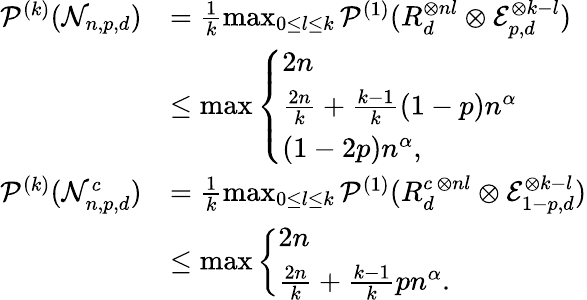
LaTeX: \begin{array}{rl}{\mathcal{P}^{(k)}(\mathcal{N}_{n,p,d})}&{=\frac{1}{k}\operatorname*{max}_{0\leq l\leq k}\mathcal{P}^{(1)}(R_{d}^{\otimes nl}\otimes\mathcal{E}_{p,d}^{\otimes k-l})}\\ &{\leq\operatorname*{max}\left\{ \begin{array}{ll}{2n}\\ {\frac{2n}{k}+\frac{k-1}{k}(1-p)n^{\alpha}}\\ {(1-2p)n^{\alpha},}\end{array}\right.}\\ {\mathcal{P}^{(k)}(\mathcal{N}_{n,p,d}^{c})}&{=\frac{1}{k}\operatorname*{max}_{0\leq l\leq k}\mathcal{P}^{(1)}(R_{d}^{c\, \otimes nl}\otimes\mathcal{E}_{1-p,d}^{\otimes k-l})}\\ &{\leq\operatorname*{max}\left\{ \begin{array}{ll}{2n}\\ {\frac{2n}{k}+\frac{k-1}{k}pn^{\alpha}.}\end{array}\right.}\end{array}